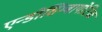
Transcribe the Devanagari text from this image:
एन्डोसिम्बायोटिक